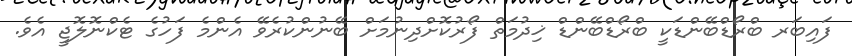
ފައިބަރ ބްރޯޑްބޭންޑަކީ ބްރޯޑްބޭންޑް ޚިދުމަތް ފޯރުކޮށްދިނުމަށް ބޭނުންކުރެވޭ އެންމެ ފަހުގެ ޓެކްނޮލޮޖީ އެވެ.